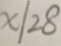
x / 2 8